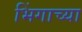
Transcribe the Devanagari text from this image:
भिंगाच्या